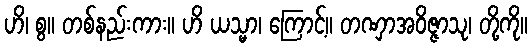
ဟိ၊ စွ။ တစ်နည်းကား။ ဟိ ယသ္မာ၊ ကြောင့်။ တဏှာအဝိဇ္ဇာသု၊ တို့ကို။